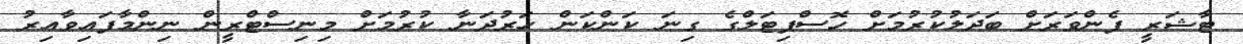
ޓާޝަރީ ފެންވަރަށް ބަދަލުކުރުމަށް ހޮސްޕިޓަލްގެ ގިނަ ކަންކަން ހަރުދަނާ ކުރުމަށް މިނިސްޓްރީން ނިންމާފައިވާއިރު